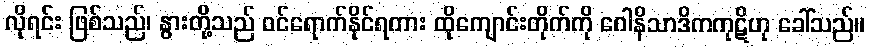
လိုရင်း ဖြစ်သည်၊ နွားတို့သည် ဝင်ရောက်နိုင်ရကား ထိုကျောင်းတိုက်ကို ဂေါနိသာဒိကကုဋိဟု ခေါ်သည်။